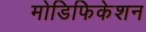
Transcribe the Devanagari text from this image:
मोडिफिकेशन